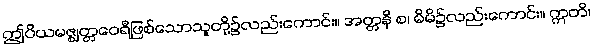
ဤပိယမဇ္ဈတ္တဝေရီဖြစ်သောသူတို့၌လည်းကောင်း။ အတ္တနိ စ၊ မိမိ၌လည်းကောင်း။ ဣတိ၊